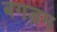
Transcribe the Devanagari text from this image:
बगड़म